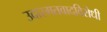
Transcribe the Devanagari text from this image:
उदारमतवादविरोधी